Vaccination North-Western Provinces and Oudh 1896-1901 - 1896-1901
Year: 1896
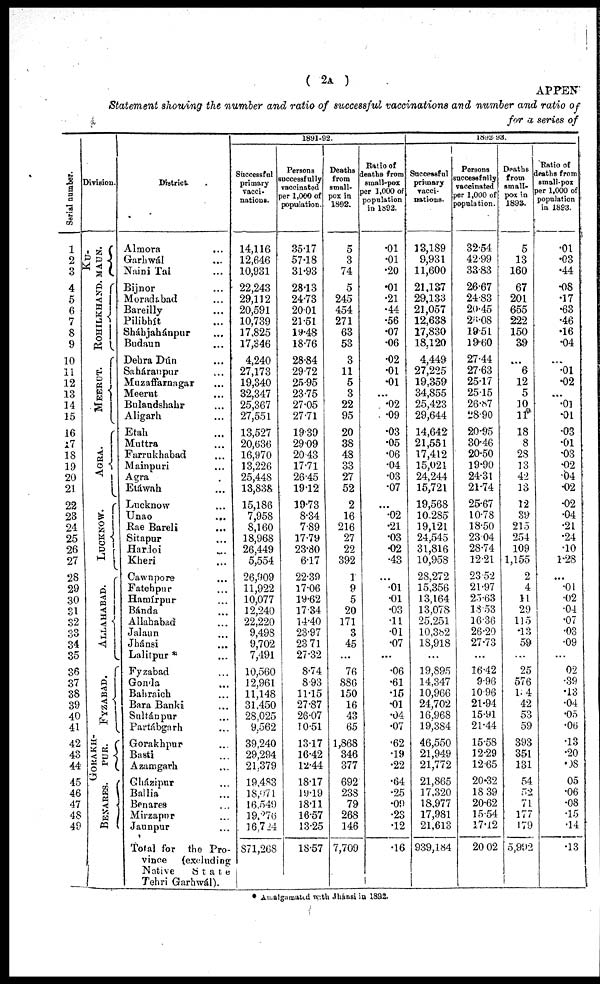
( 2A )
APPEN
Statement showing the number and ratio of successful vaccinations and number and ratio of
for a series of
Serial number.
1
2
3
4
5
6
7
8
9
10
11
12
13
14
15
16
i7
18
19
20
21
22
23
24
25
26
27
28
29
30
31
32
33
34
35
36
37
38
39
40
41
42
43
44
45
46
47
48
49
Division.
KU¬
MAUN.
ROHILKHAND.
MEERUT.
AGRA.
LUCKNOW.
ALLAHABAD.
FYZABAD.
GORAKH¬
PUR.
BENARES.
District.
Almora ...
Garhwál ...
Naini Tal ...
Bijnor ...
Moradabad ...
Bareilly ...
Pilibhít ...
Sháhjahánpur ...
Budaun ...
Dehra Dún ...
Saháranpur ...
Muzaffarnagar ...
Meerut ...
Bulandshahr ...
Aligarh ...
Etah ...
Muttra ...
Farrukhabad ...
Mainpuri ...
Agra ...
Etáwah ...
Lucknow ...
Unao
...
Rae Bareli ...
Sitapur ...
Hardoi ...
Kheri ...
Cawnpore ...
Fatehpur ...
Hamírpur ...
Bánda ...
Allahabad ...
Jalaun ...
Jhánsi ...
Lalitpur * ...
Fyzabad ...
Gonda ...
Bahraich ...
Bara Banki ...
Sultánpur ...
Partábgarh ...
Gorakhpur ...
Basti ...
Azamgarh ...
Gházipur ...
Ballia ...
Benares ...
Mirzapur ...
Jaunpur ...
Total for the Pro-
vince
(excluding
Native
State
Tehri Garhwál).
1891-92.
Successful
primary
vacci-
nations.
14,116
12,646
10,931
22,243
29,112
20,591
10,739
17,825
17,346
4,240
27,173
19,340
32,347
25,367
27,551
13,527
20,636
16,970
13,226
25,448
13,838
15,186
7,958
8,160
18,968
26,449
5,554
26,009
11,922
10,077
12,240
22,220
9,498
9,702
7,491
10,560
12,961
11,148
31,450
28,025
9,562
39,240
29,294
21,379
19,483
18,071
16,549
19,276
16,724
871,268
Persons
successfully
vaccinated
per 1,000 of
population.
35.17
57.18
31.93
28.13
24.73
20.01
21.51
19.48
18.76
28.84
29.72
25.95
23.75
27.05
27.71
19.39
29.09
20.43
17.71
26.45
19.12
19.73
8.34
7.89
17.79
23.80
6.17
22.39
17.06
19.62
17.34
14.40
23.97
23.71
27.32
8.74
8.93
11.15
27.87
26.07
10.51
13.17
16.42
12.44
18.17
19.19
18.11
16.57
13.25
18.57
Deaths
from
small¬
pox in
1892.
5
3
74
5
245
454
271
63
53
3
11
5
3
22
95
20
38
48
33
27
52
2
16
216
27
22
392
1
9
5
20
171
3
45
...
76
886
150
16
43
65
1,868
346
377
692
238
79
268
146
7,709
Ratio of
deaths from
small-pox
per 1,000 of
population
in 1892.
.01
.01
.20
.01
.21
.44
.56
.07
.06
.02
.01
.01
...
.02
.09
.03
.05
.06
.04
.03
.07
...
.02
.21
.03
.02
.43
...
.01
.01
.03
.11
.01
.07
...
.06
.61
.15
.01
.04
.07
.62
.19
.22
.64
.25
.09
.23
.12
.16
1892-93.
Successful
primary
vacci-
nations.
13,189
9,931
11,600
21,137
29,133
21,057
12,638
17,830
18,120
4,449
27,225
19,359
34,855
25,423
29,644
14,642
21,551
17,412
15,021
24,244
15,721
19,568
10,285
19,121
24,545
31,816
10,958
28,272
15,356
13,164
13,078
25.251
10,382
18,918
...
19,895
14,347
10,966
24,702
16,968
19,384
46,550
21,949
21,772
21,865
17,320
18,977
17,981
21,613
939,184
Persons
successfully
vaccinated
per 1,000 of
population.
32.54
42.99
33.83
26.67
24.83
20.45
26.08
19.51
19.60
27.44
27.63
25.17
25.15
26.87
28.90
20.95
30.46
20.50
19.90
24.31
21.74
25.67
10.78
18.50
23.04
28.74
12.21
23.52
21.97
25.63
18.53
16.36
26.20
27.73
...
16.42
9.96
10.96
21.94
15.91
21.44
15.58
12.29
12.65
20.32
18.39
20.62
15.54
17.12
20.02
Deaths
from
small¬
pox in
1893.
5
13
160
67
201
655
222
150
39
...
6
12
5
10
11
18
8
28
13
42
13
12
39
215
254
109
1,155
2
4
11
29
115
13
59
...
25
576
144
42
53
59
393
351
131
54
52
71
177
179
5,992
Ratio of
deaths from
small¬pox
per 1,000 of
population
in 1893.
.01
.03
.44
.08
.17
.63
.46
.16
.04
...
.01
.02
...
.01
.01
.03
.01
.03
.02
.04
.02
.02
.04
.21
.24
.10
1.28
...
.01
.02
.04
.07
.03
.09
...
.02
.39
.13
.04
.05
.06
.13
.20
.08
.05
.06
.08
.15
.14
.13
* Amalgamated with Jhánsi in 1892.